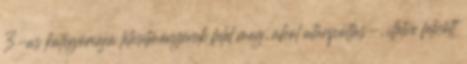
3-as kategóriájú létesítményének felel meg, ahol utánpótlás-, illetve felnőtt